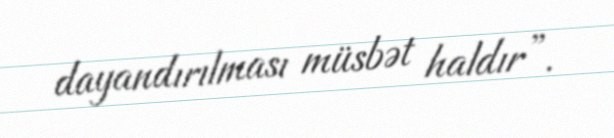
dayandırılması müsbət haldır”.